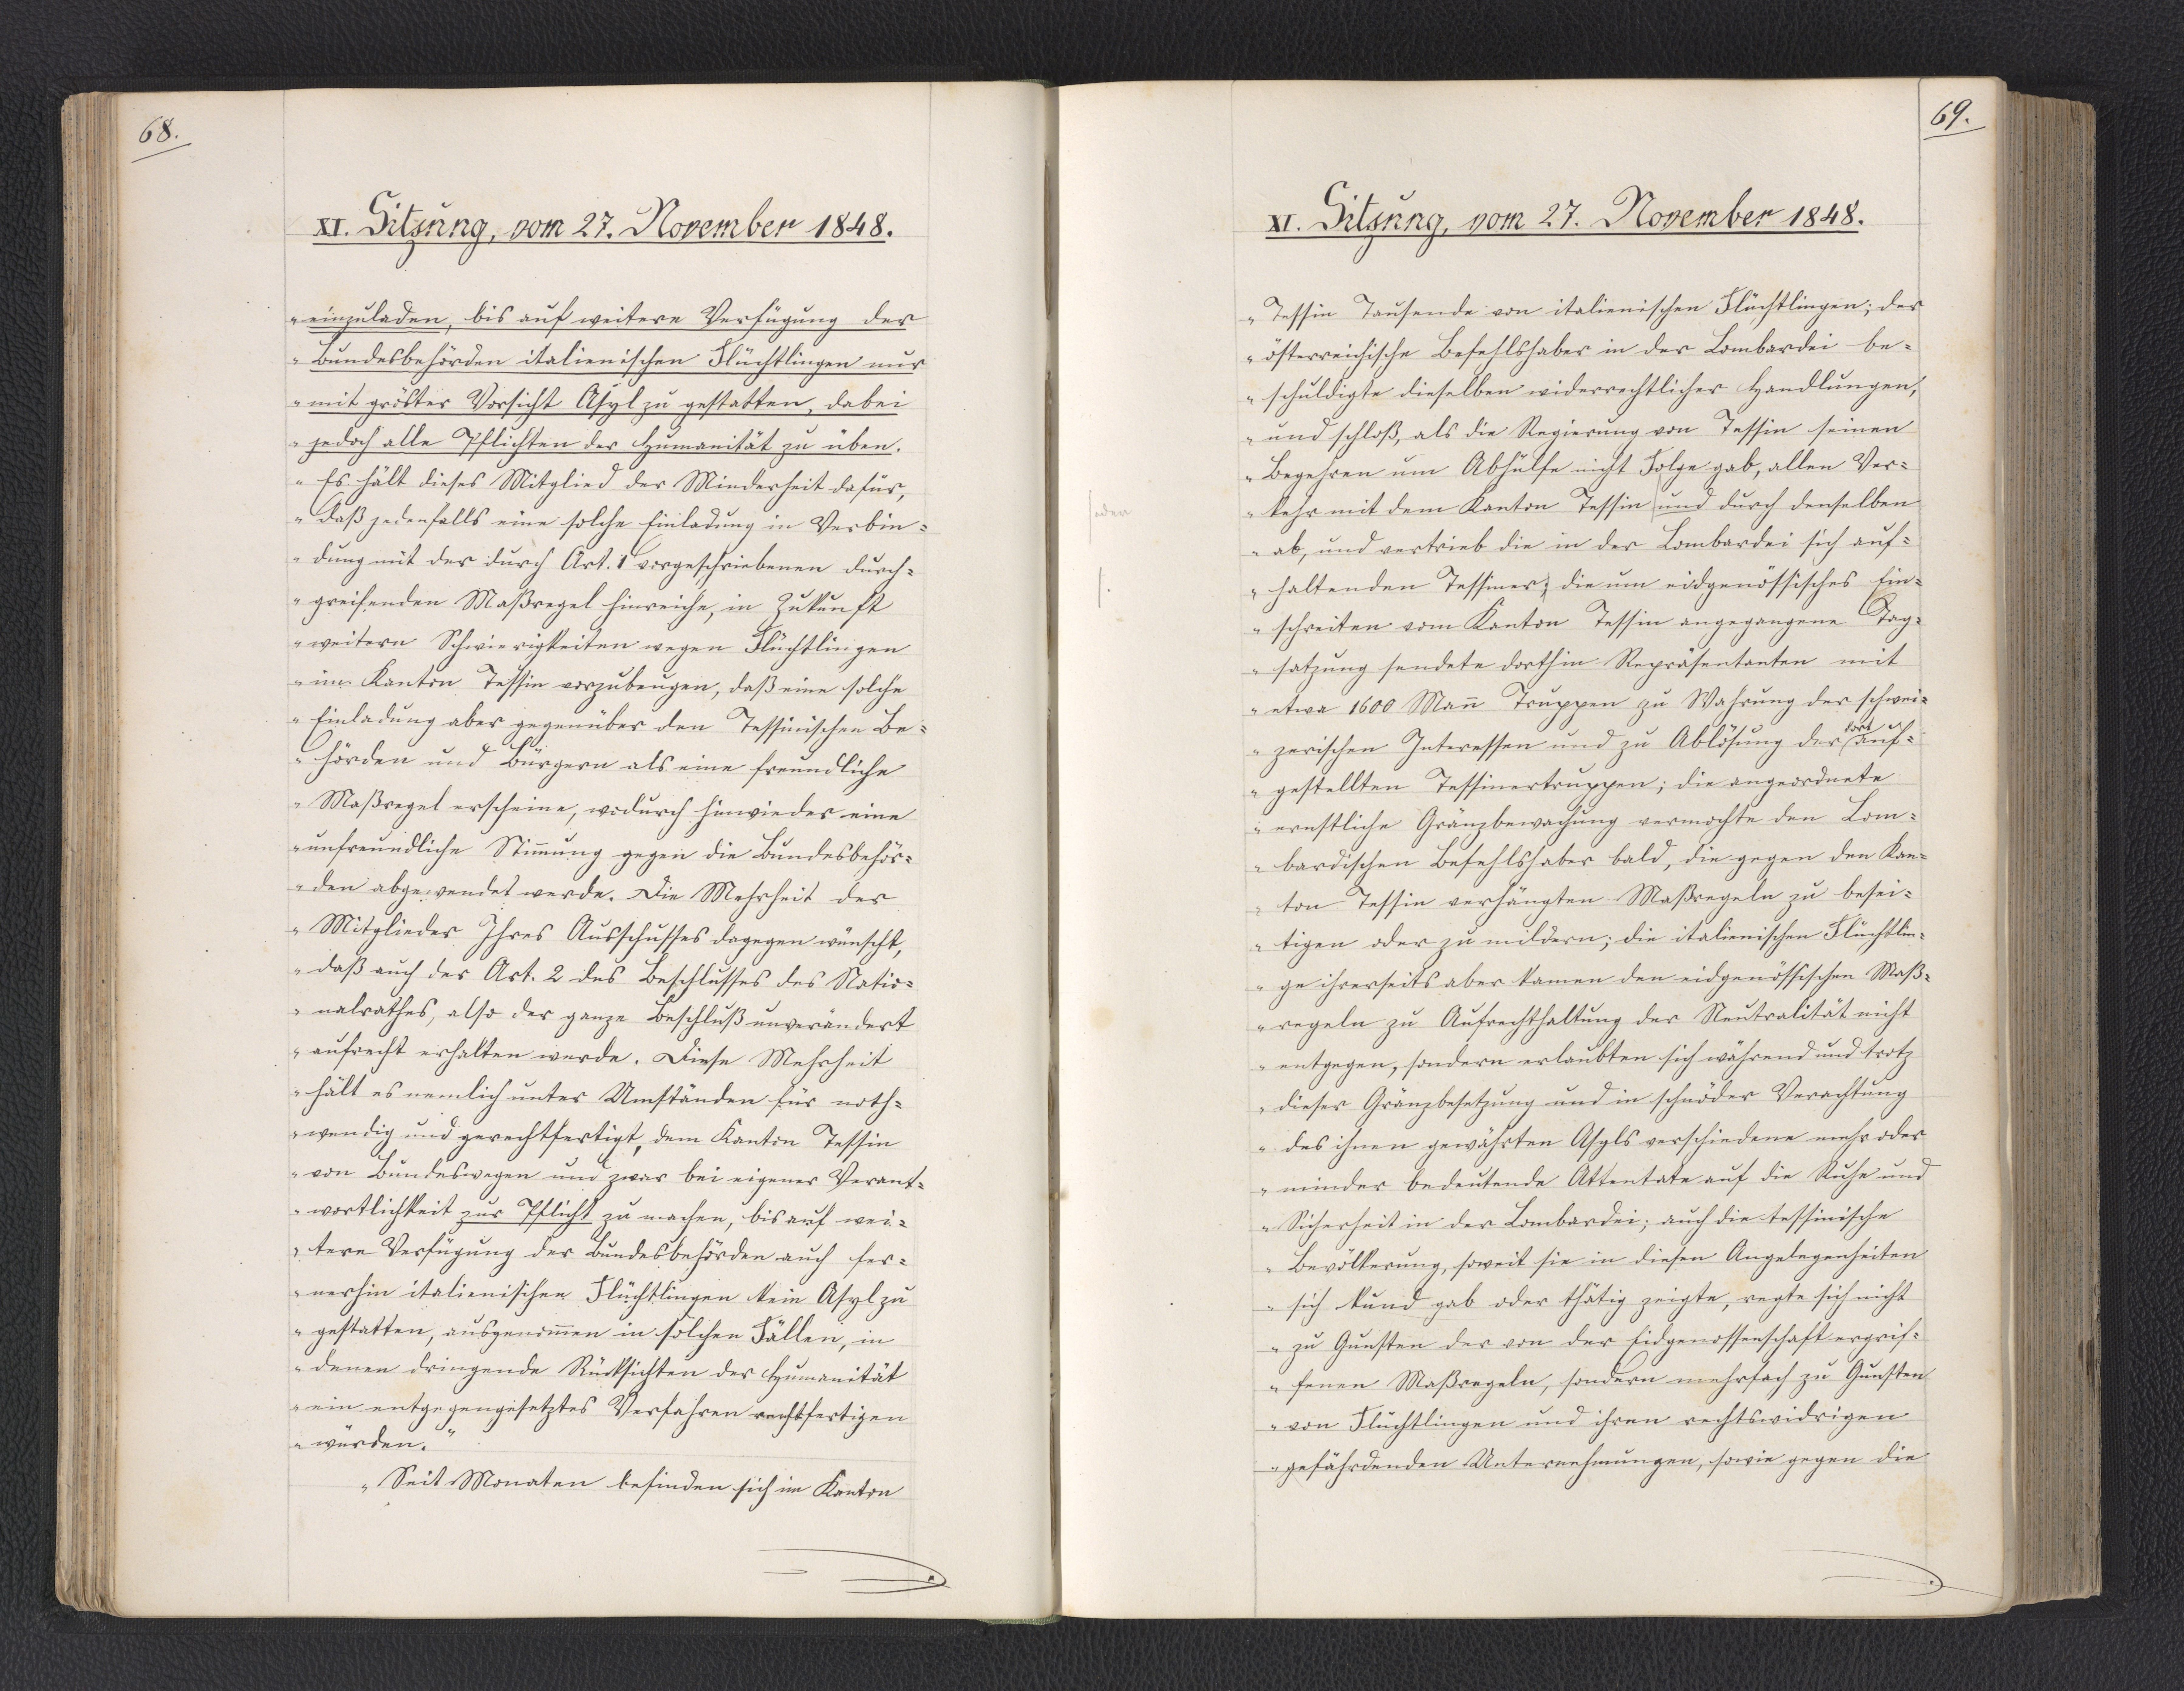
68.

XI. Sitzung, vom 27. November 1848.

einzuladen, bis auf weitere Verfügung der
Bundesbehörden italienischen Flüchtlingen nur
mit gröster Vorsicht Asyl zu gestatten, dabei
jedoch alle Pflichten der Humanität zu üben.
Es hält dieses Mitglied der Minderheit dafür,
daß jedenfalls eine solche Einladung in Verbin¬
dung mit der durch Art. 1 vorgeschriebenen durch¬
greifenden Maßregel hinreiche, in Zukunft
weitern Schwierigkeiten wegen Flüchtlingen
im Kanton Tessin vorzubeugen, daß eine solche
Einladung aber gegenüber den Tessinischen Be¬
hörden und Bürgern als eine freundliche
Maßregel erscheine, wodurch hinwieder eine
unfreundliche Stimmung gegen die Bundesbehör¬
den abgewendet werde. Die Mehrheit der
Mitglieder Ihres Ausschusses dagegen wünscht,
daß auch der Art. 2 des Beschlusses des Natio¬
nalrathes, also der ganze Beschluß unverändert
aufrecht erhalten werde. Diese Mehrheit
hält es nemlich unter Umständen für noth¬
wendig und gerechtfertigt, dem Kanton Tessin
von Bundeswegen und zwar bei eigener Verant¬
wortlichkeit zur Pflicht zu machen, bis auf wei¬
tere Verfügung der Bundesbehörden auch fer¬
nerhin italienischen Flüchtlingen kein Asyl zu
gestatten, ausgenommen in solchen Fällen, in
denen dringende Rücksichten der Humanität
ein entgegengesetztes Verfahren rechtfertigen
würden."
"Seit Monaten befinden sich im Kanton

69.

XI. Sitzung, vom 27. November 1848.

Tessin Tausende von italienischen Flüchtlingen; der
österreichische Befehlshaber in der Lombardei be¬
schuldigte dieselben widerrechtlicher Handlungen,
und schloß, als die Regierung von Tessin seinen
Begehren um Abhülfe nicht Folge gab, allen Ver¬
kehr mit dem Kanton Tessin und durch denselben
ab, und vertrieb die in der Lombardei sich auf¬
haltenden Tessiner; die um eidgenössisches Ein¬
schreiten vom Kanton Tessin angegangene Tag¬
satzung sendete dorthin Repräsentanten mit
etwa 1600 Mann Truppen zu Wahrung der schwei¬
zerischen Interessen und zu Ablösung der * auf¬
* dort
gestellten Tessinertruppen; die angeordnete
ernstliche Gränzbewachung vermochte den Lom¬
bardischen Befehlshaber bald, die gegen den Kan¬
ton Tessin verhängten Maßregeln zu besei¬
tigen oder zu mildern; die italienischen Flüchtlin¬
ge ihrerseits aber kamen den eidgenössischen Maß¬
regeln zu Aufrechthaltung der Neutralität nicht
entgegen, sondern erlaubten sich während und trotz
dieser Gränzbesetzung und in schnöder Verachtung
des ihnen gewährten Asyls verschiedene mehr oder
minder bedeutende Attentate auf die Ruhe und
Sicherheit in der Lombardei; auch die tessinische
Bevölkerung, soweit sie in diesen Angelegenheiten
sich Kund gab oder thätig zeigte, regte sich nicht
zu Gunsten der von der Eidgenossenschaft ergrif¬
fenen Maßregeln, sondern mehrfach zu Gunsten
von Flüchtlingen und ihren rechtswidrigen
gefährdenden Unternehmungen, sowie gegen die